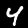
Label: 4